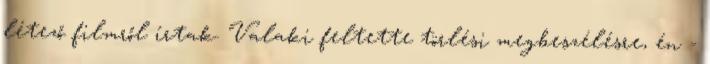
létező filmről írtak. Valaki feltette törlési megbeszélésre, én -